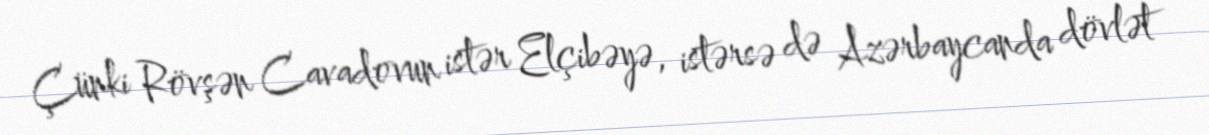
Çünki Rövşən Cavadovun istər Elçibəyə, istərsə də Azərbaycanda dövlət